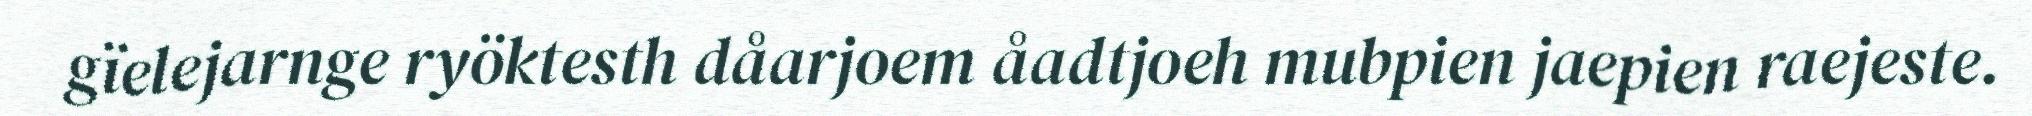
gïelejarnge ryöktesth dåarjoem åadtjoeh mubpien jaepien raejeste.